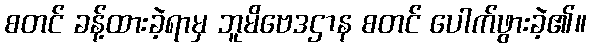
စတင် ခန့်ထားခဲ့ရာမှ ဘူမိဗေဒဌာန စတင် ပေါက်ဖွားခဲ့၏။